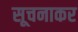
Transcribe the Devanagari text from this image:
सूचनाकर